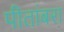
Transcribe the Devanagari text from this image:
पीतांबरा